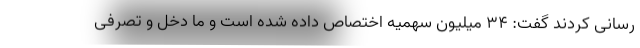
رسانی کردند گفت: ۳۴ میلیون سهمیه اختصاص داده شده است و ما دخل و تصرفی